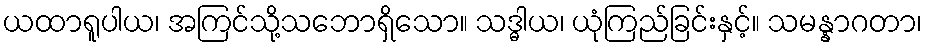
ယထာရူပါယ၊ အကြင်သို့သဘောရှိသော။ သဒ္ဓါယ၊ ယုံကြည်ခြင်းနှင့်။ သမန္နာဂတာ၊